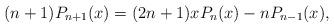
LaTeX: \begin{align*} (n+1)P_{n+1}(x)=(2n+1)xP_n(x)-nP_{n-1}(x), \end{align*}